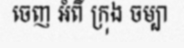
ចេញ អំពី ក្រុង ចម្បា